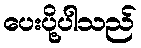
ပေးပို့ပါသည်